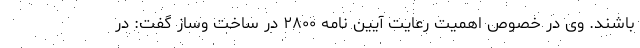
باشند. وی در خصوص اهمیت رعایت آیین نامه ۲۸۰۰ در ساخت وساز گفت: در